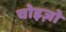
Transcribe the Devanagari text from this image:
चोइज़ो